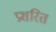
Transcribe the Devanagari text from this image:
प्रशरित